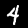
Digit: 4